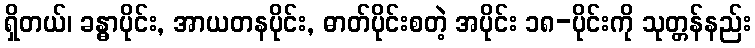
ရှိတယ်၊ ခန္ဓာပိုင်း, အာယတနပိုင်း, ဓာတ်ပိုင်းစတဲ့ အပိုင်း ၁၈-ပိုင်းကို သုတ္တန်နည်း